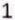
1